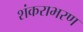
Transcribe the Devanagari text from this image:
शंकराभरण